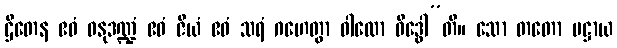
ဌိတေန ဧဝံ ဓနုဒဏ္ဍံ ဧဝံ ဇိယံ ဧဝံ သရံ ဂဟေတွာ ဝါလော ဝိဒ္ဓေါ”တိ။ သော တတော ပဋ္ဌာယ